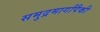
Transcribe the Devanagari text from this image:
समुद्रमार्गांपैकी